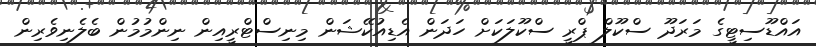
އައްޑޫސިޓީގެ މަރަދޫ ސްކޫލް ޕްރީ ސްކޫލަކަށް ހަދަން އެޑިއުކޭޝަން މިނިސްޓްރީއިން ނިންމުމުން ބެލެނިވެރިން